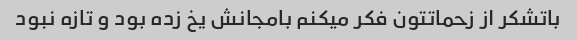
باتشکر از زحماتتون فکر میکنم بامجانش یخ زده بود و تازه نبود